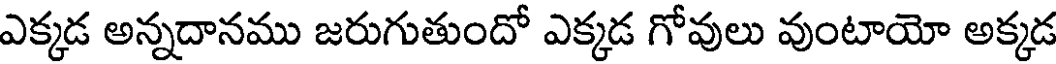
ఎక్కడ అన్నదానము జరుగుతుందో ఎక్కడ గోవులు వుంటాయో అక్కడ